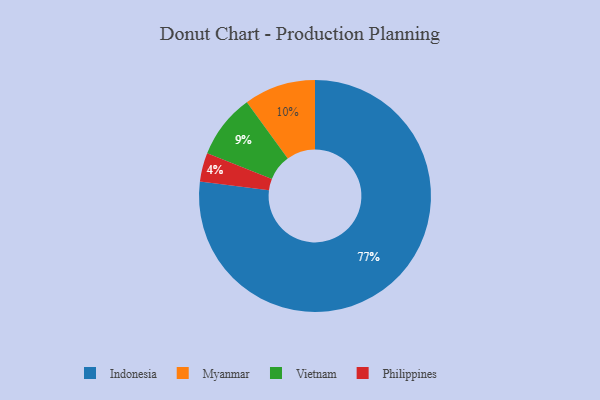
{"axis": {"x": "Category", "y": "Percentage"}, "legend": ["Indonesia", "Myanmar", "Philippines", "Vietnam"], "data": [{"x": "Myanmar", "y": 10, "type": "Myanmar"}, {"x": "Indonesia", "y": 77, "type": "Indonesia"}, {"x": "Philippines", "y": 4, "type": "Philippines"}, {"x": "Vietnam", "y": 9, "type": "Vietnam"}]}